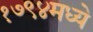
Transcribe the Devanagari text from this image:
१७९४मध्ये